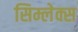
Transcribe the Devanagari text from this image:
सिम्लेक्स